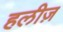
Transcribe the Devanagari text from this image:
हलीज़